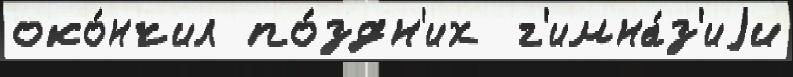
око́нчил по́здн'их  г'имна́з'иjи